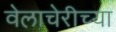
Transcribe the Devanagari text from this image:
वेलाचेरीच्या